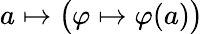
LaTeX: a\mapsto{\bigl(}\varphi\mapsto\varphi(a){\bigr)}